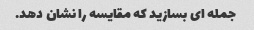
جمله ای بسازید که مقایسه را نشان دهد.